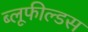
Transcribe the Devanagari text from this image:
ब्लूफील्डस